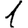
Digit: 1